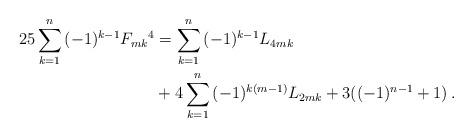
LaTeX: \begin{align*}25\sum_{k = 1}^n {( - 1)^{k - 1} F_{mk}{}^4 } &= \sum_{k = 1}^n {( - 1)^{k - 1} L_{4mk} }\\& + 4\sum_{k = 1}^n {( - 1)^{k(m - 1)} L_{2mk} } + 3(( - 1)^{n - 1} + 1)\,.\end{align*}